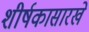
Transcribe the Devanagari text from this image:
शीर्षकासारखे